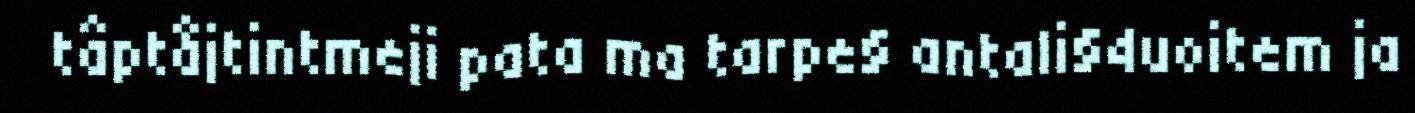
tâptåjtintmeji pata ma tarpe§ antali§4uoitem ja